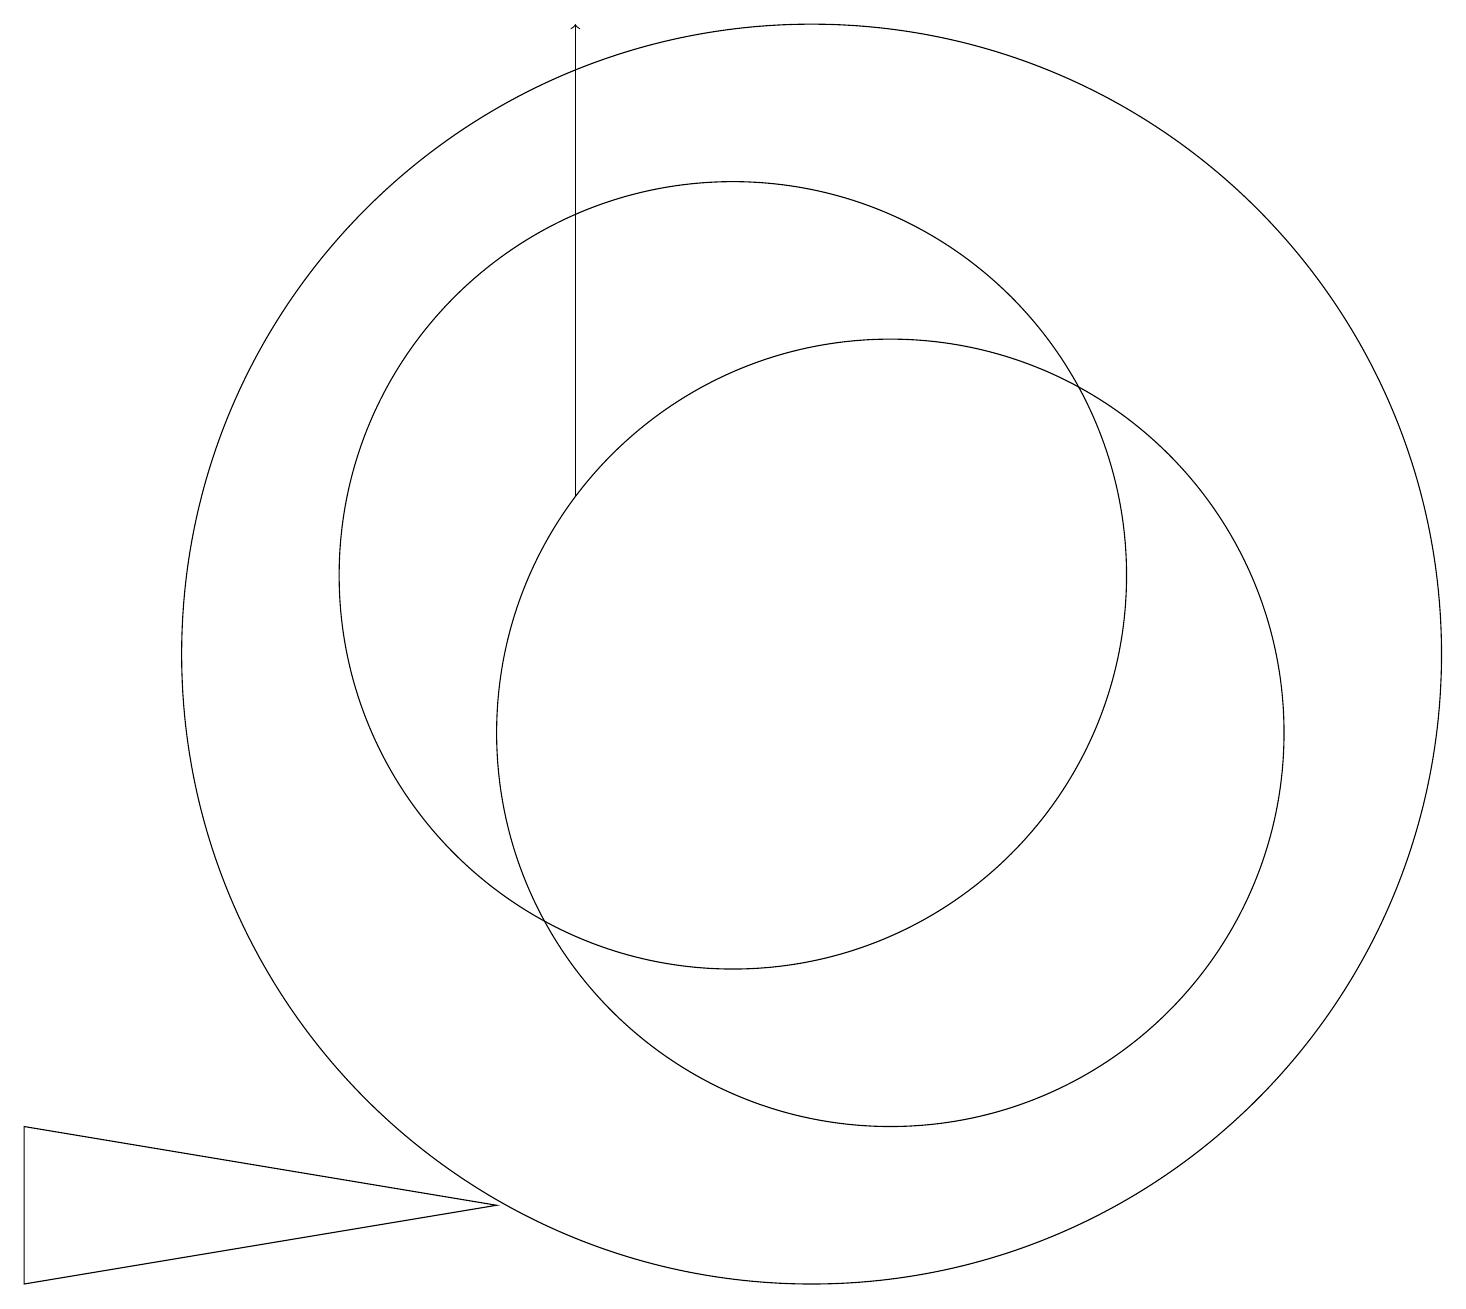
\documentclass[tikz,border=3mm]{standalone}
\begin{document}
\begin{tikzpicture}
\draw (12,10) circle (5);
\draw (1,5) -- (7,4) -- (1,3) -- cycle;
\draw[->] (8,13) -- (8,19);
\draw (12,12) circle (0);
\draw (11,11) circle (8);
\draw (10,12) circle (5);
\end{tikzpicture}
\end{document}